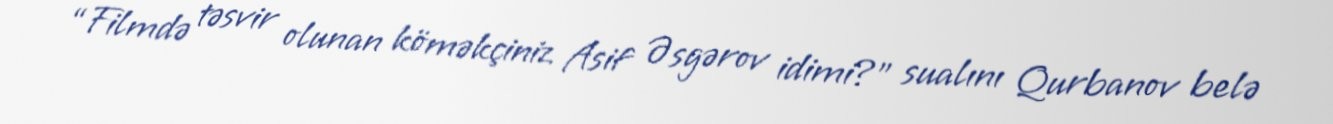
“Filmdə təsvir olunan köməkçiniz Asif Əsgərov idimi?” sualını Qurbanov belə